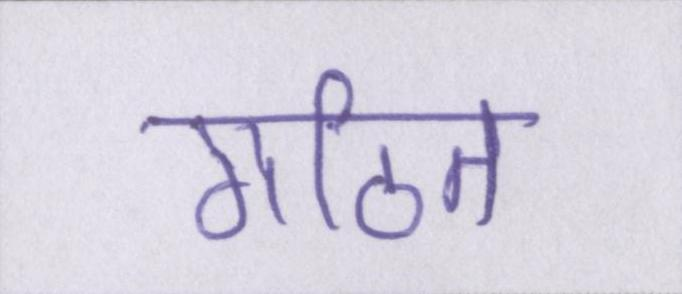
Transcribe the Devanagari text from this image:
गठित